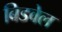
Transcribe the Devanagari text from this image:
बिडवेल